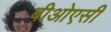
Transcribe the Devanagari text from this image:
बीओएसी